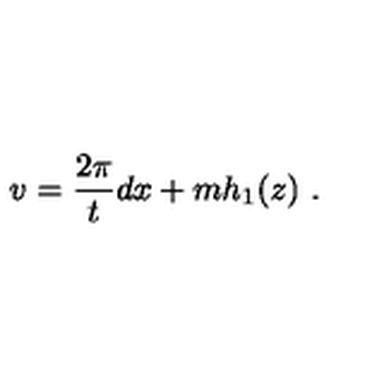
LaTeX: v = \frac { 2 \pi } { t } d x + m h _ { 1 } ( z ) \ .